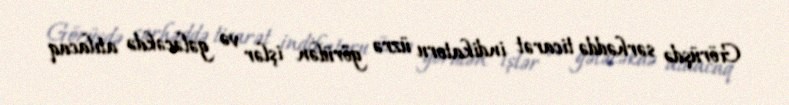
Görüşdə sərhəddə ticarət indikatoru üzrə görülən işlər və gələcəkdə atılacaq